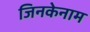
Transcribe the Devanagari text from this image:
जिनकेनाम